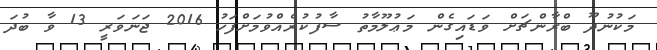
މަކުނުދޫ ބްރާންޗަށް ވަޑައިގެން މަޢުލޫމާތު ސާފުކުރެއްވުމަށްފަހު 2016 ޖަނަވަރީ 13 ވާ ބުދަ